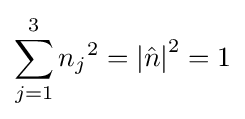
\sum \limits _{j=1}^{3}{{n_{j}}^{2}}=\left|{\hat {n}}\right|^{2}=1